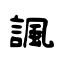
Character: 諷